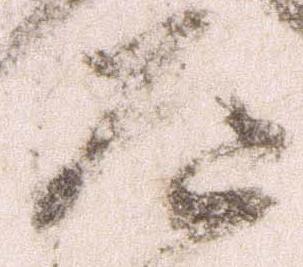
道